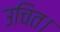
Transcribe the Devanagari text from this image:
उचित।